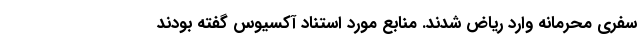
سفری محرمانه وارد ریاض شدند. منابع مورد استناد آکسیوس گفته‌ بودند